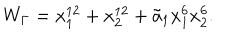
W _ { \Gamma } = x _ { 1 } ^ { 1 2 } + x _ { 2 } ^ { 1 2 } + { \tilde { a } _ { 1 } } x _ { 1 } ^ { 6 } x _ { 2 } ^ { 6 } .